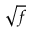
\sqrt { f }